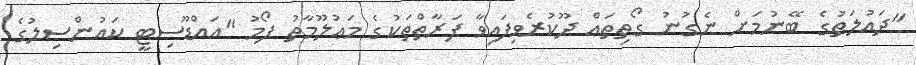
"ދައުލަތުގެ ބޭނުމަށް ނެގުނު ގޯތިތައް ދޫކުރެވިފައިވާ ފަރާތްތަކުގެ މަޢުލޫމާތު ފޯމު "އައްޑޫސިޓީ ކައުންސިލުގެ